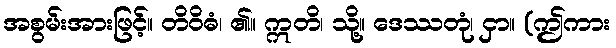
အစွမ်းအားဖြင့်။ တိဝိဓံ၊ ၏။ ဣတိ၊ သို့။ ဒေဿတုံ၊ ငှာ။ (ဤကား